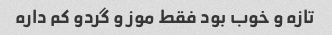
تازه و خوب بود فقط موز و گردو کم داره